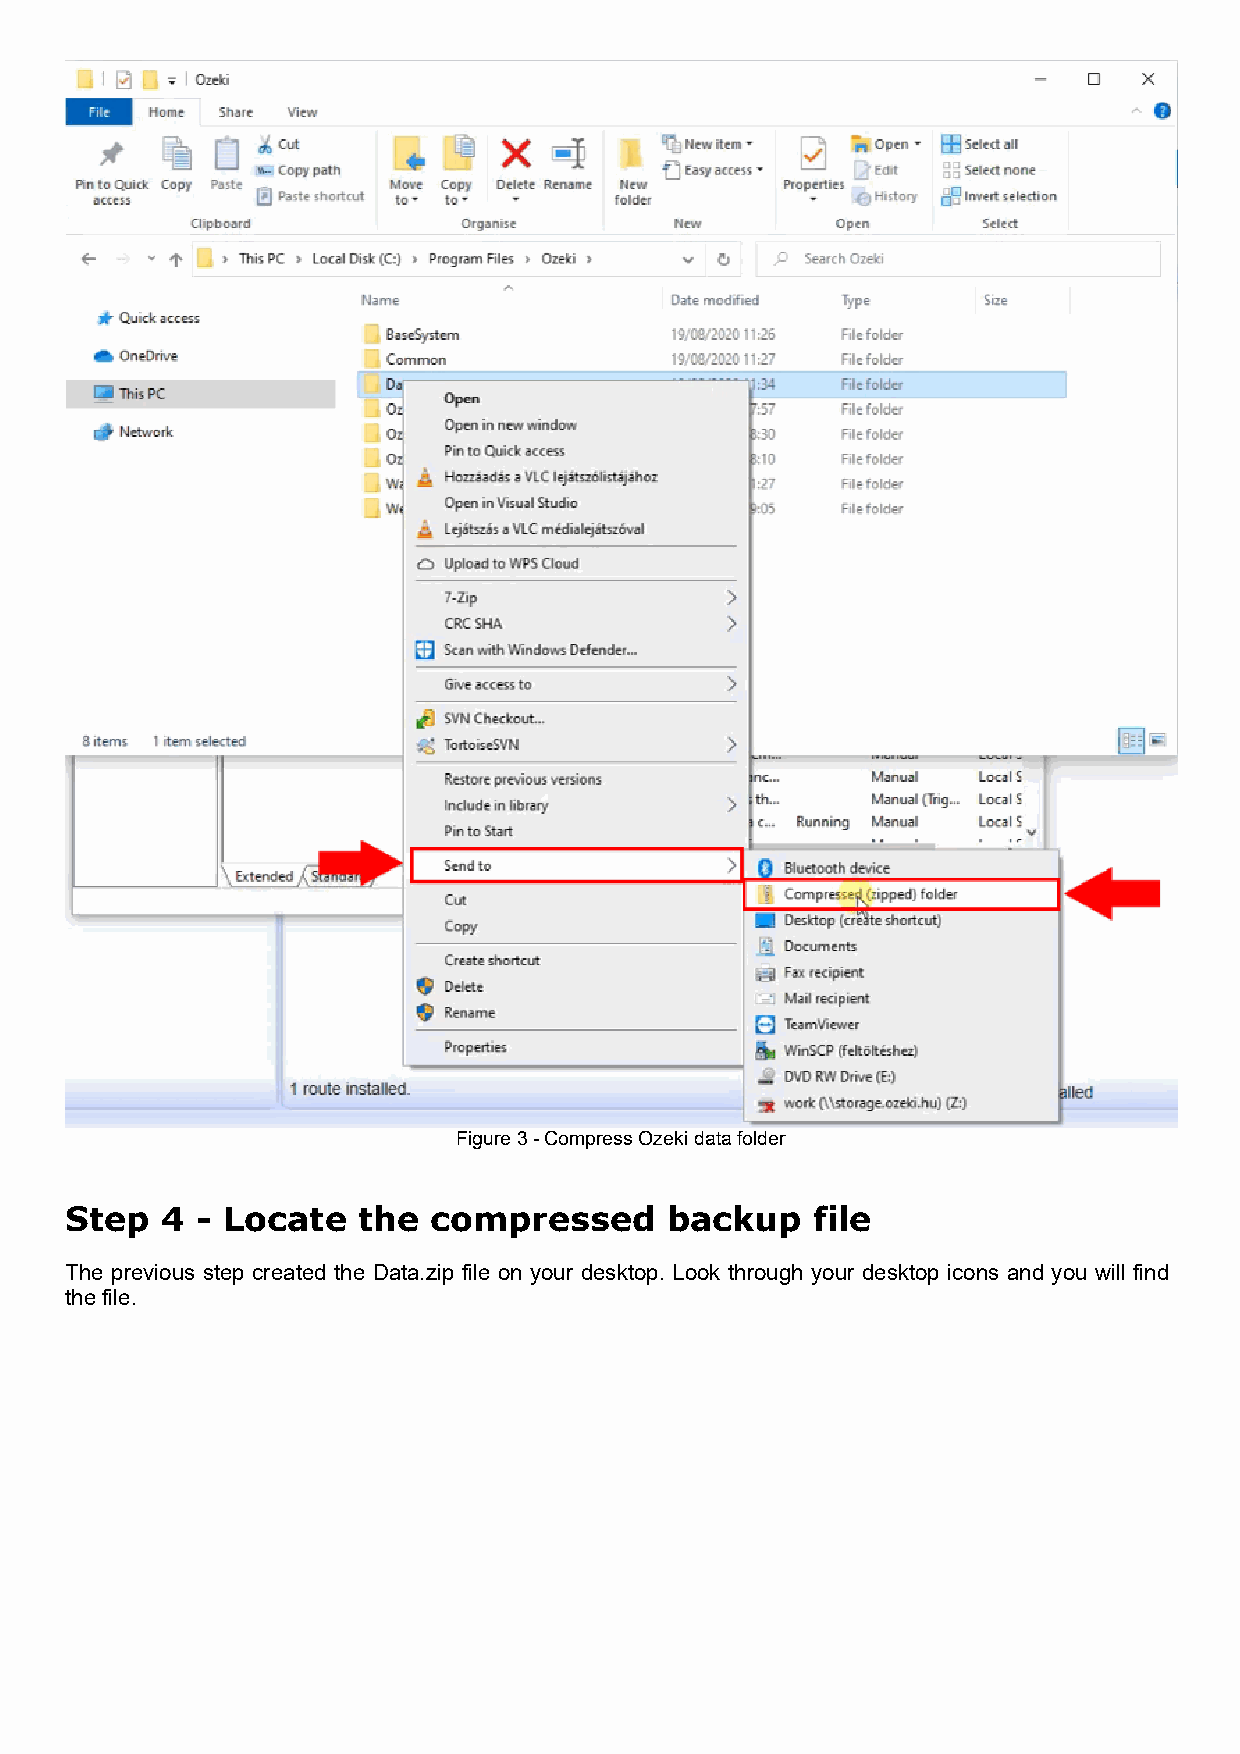
Figure 3 - Compress Ozeki data folder
 Step   4 - Locate   the  compressed     backup    file
 The previous step created the Data.zip file on your desktop. Look through your desktop icons and you will find
 the file.